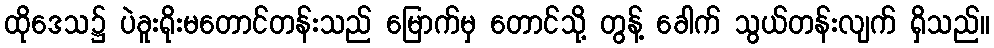
ထိုဒေသ၌ ပဲခူးရိုးမတောင်တန်းသည် မြောက်မှ တောင်သို့ တွန့် ခေါက် သွယ်တန်းလျက် ရှိသည်။